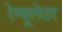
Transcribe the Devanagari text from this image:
रेग्यूलेटर